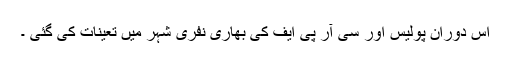
اس دوران پولیس اور سی آر پی ایف کی بھاری نفری شہر میں تعینات کی گئی ۔